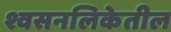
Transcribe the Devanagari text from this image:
श्वसनलिकेतील